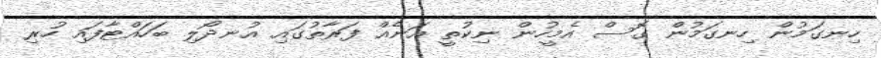
ހިނގަމުން ހިނގަމުން ގޮސް އެމީހުން ނިކުތީ އަނެއް ފަރާތުގައި އުނދޯލި ބަހައްޓާފައި ހުރި